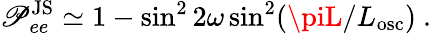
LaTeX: \mathscr{P}_{ee}^{\mathrm{{JS}}}\simeq1-\sin^{2}2\omega\sin^{2}(\piL/L_{\mathrm{{osc}}})\ .